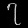
Digit: ၇